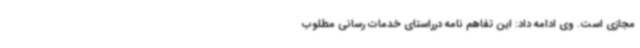
مجازی است. وی ادامه داد: این تفاهم نامه درراستای خدمات رسانی مطلوب